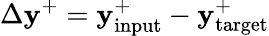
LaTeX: \Delta\mathbf{y}^{+}=\mathbf{y}_{\mathrm{{input}}}^{+}-\mathbf{y}_{\mathrm{{target}}}^{+}